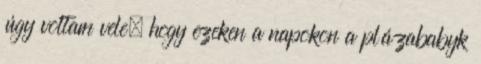
úgy voltam vele, hogy ezeken a napokon a plázababyk